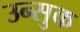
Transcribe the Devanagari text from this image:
उन्सुक